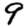
Digit: 9